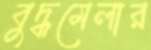
বুদ্ধমেলার